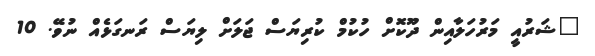
"ޝަރުއީ މަރުހަލާއިން ދޫކޮށް ހުކުމް ކުރިޔަސް ޖަލަށް ލިޔަސް ރަނގަޅެއް ނުވޭ. 10